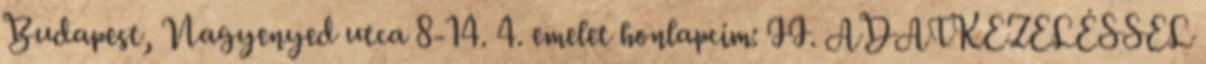
Budapest, Nagyenyed utca 8-14. 4. emelet honlapcím: II. ADATKEZELÉSSEL